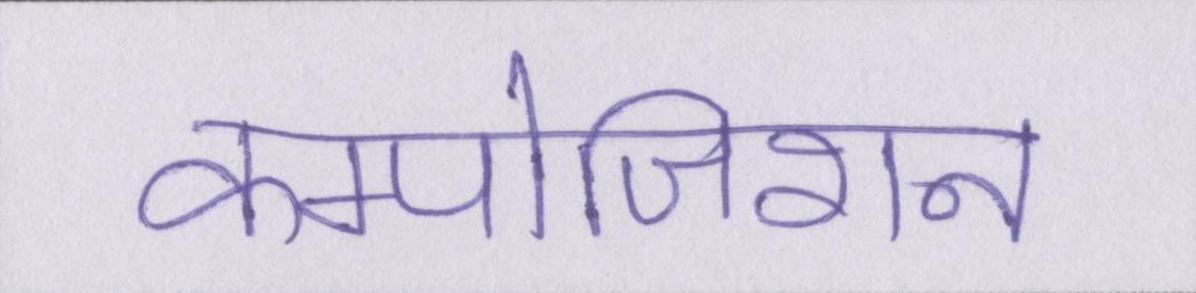
कम्पोजिशन